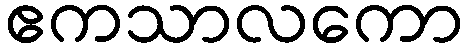
ဧကသာလကော